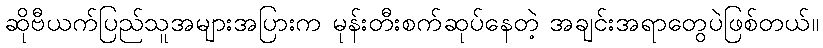
ဆိုဗီယက်ပြည်သူအများအပြားက မုန်းတီးစက်ဆုပ်နေတဲ့ အချင်းအရာတွေပဲဖြစ်တယ်။